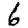
Digit: 6